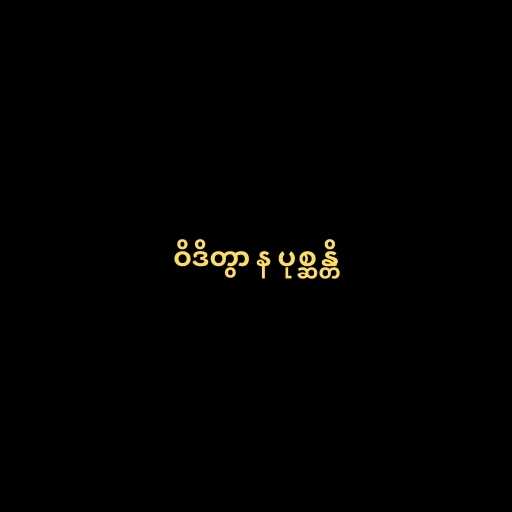
ဝိဒိတွာ န ပုစ္ဆန္တိ